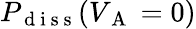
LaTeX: P_{\mathrm{~d~i~s~s~}}(V_{\mathrm{~A~}}=0)